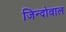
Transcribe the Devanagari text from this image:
जिन्दोवाल